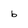
Character: b